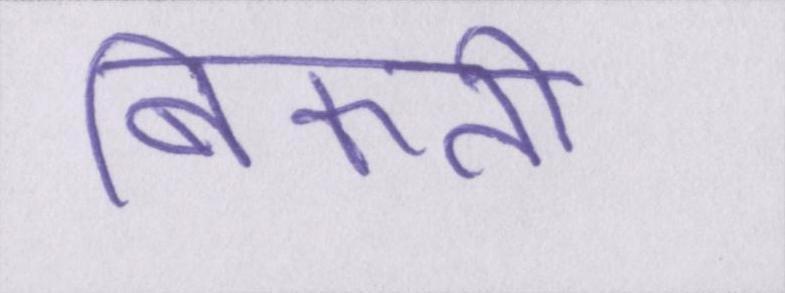
बिकती